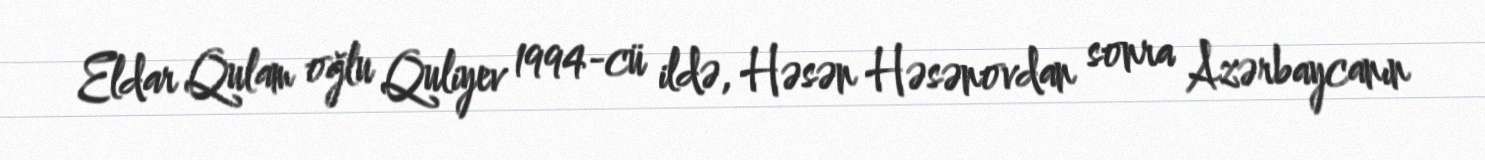
Eldar Qulam oğlu Quliyev 1994-cü ildə, Həsən Həsənovdan sonra Azərbaycanın